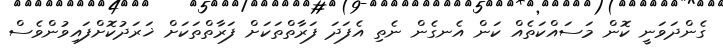
ގެންދަވަނީ ކޮން މަސައްކަތެއް ކަން އެނގެން ނެތި އެފަދަ ފަރާތްތަކަށް ފަރާތްތަކަށް ޚަރަދުކޮށްފައިވުންވެސް